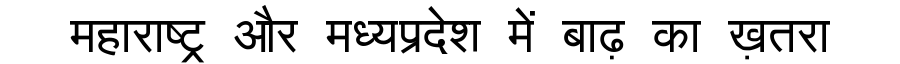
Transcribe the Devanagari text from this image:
महाराष्ट्र और मध्यप्रदेश में बाढ़ का ख़तरा